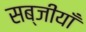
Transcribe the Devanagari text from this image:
सब्जीयाँ